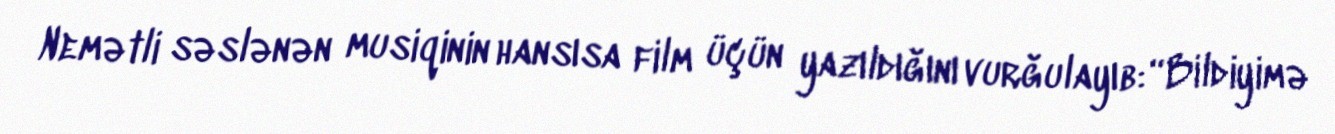
Nemətli səslənən musiqinin hansısa film üçün yazıldığını vurğulayıb: “Bildiyimə